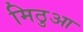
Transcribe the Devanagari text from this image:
मिठुआ